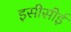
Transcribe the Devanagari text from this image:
इसीसीई